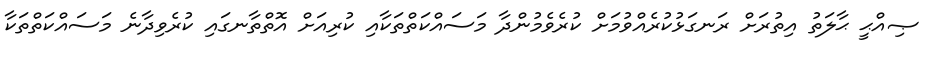
ޞިއްޙީ ޙާލަތު އިތުރަށް ރަނގަޅުކުރެއްވުމަށް ކުރެވެމުންދާ މަސައްކަތްތަކާއި ކުރިއަށް އޮތްތާނގައި ކުރެވިދާނެ މަސައްކަތްތަކާ